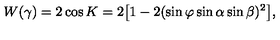
W ( \gamma ) = 2 \cos K = 2 \bigl [ 1 - 2 ( \sin \varphi \sin \alpha \sin \beta ) ^ { 2 } \bigl ] ,